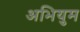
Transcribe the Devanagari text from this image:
अभियुम